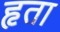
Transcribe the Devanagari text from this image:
हृता